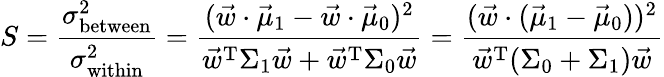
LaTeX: S={\frac{\sigma_{\mathrm{between}}^{2}}{\sigma_{\mathrm{within}}^{2}}}={\frac{({\vec{w}}\cdot{\vec{\mu}}_{1}-{\vec{w}}\cdot{\vec{\mu}}_{0})^{2}}{{\vec{w}}^{\mathrm{T}}\Sigma_{1}{\vec{w}}+{\vec{w}}^{\mathrm{T}}\Sigma_{0}{\vec{w}}}}={\frac{({\vec{w}}\cdot({\vec{\mu}}_{1}-{\vec{\mu}}_{0}))^{2}}{{\vec{w}}^{\mathrm{T}}(\Sigma_{0}+\Sigma_{1}){\vec{w}}}}